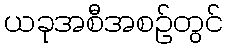
ယခုအစီအစဉ်တွင်